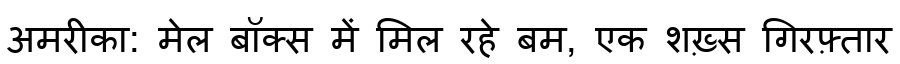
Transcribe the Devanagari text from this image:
अमरीका: मेल बॉक्स में मिल रहे बम, एक शख़्स गिरफ़्तार